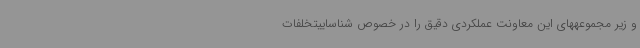
و زیر مجموعههای این معاونت عملکردی دقیق را در خصوص شناساییتخلفات